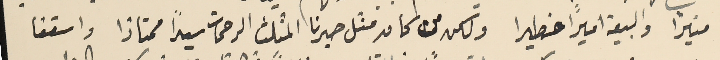
منيراً والبيعة اميراً خطيرا ولكن من كان مثل حبرنا المثلث الرحمات سيداً ممتازا واسقفا